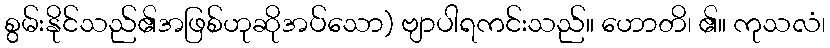
စွမ်းနိုင်သည်၏အဖြစ်ဟုဆိုအပ်သော) ဗျာပါရကင်းသည်။ ဟောတိ၊ ၏။ ကုသလံ၊